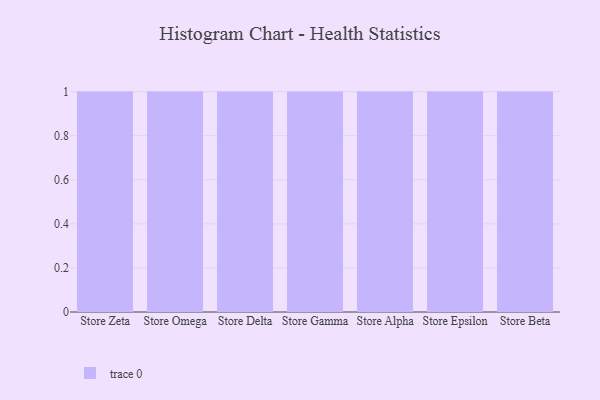
{"axis": {"x": "Store", "y": "Backlog"}, "legend": [""], "data": [{"x": "Store Zeta", "y": 81, "type": ""}, {"x": "Store Omega", "y": 52, "type": ""}, {"x": "Store Delta", "y": 29, "type": ""}, {"x": "Store Gamma", "y": 17, "type": ""}, {"x": "Store Alpha", "y": 88, "type": ""}, {"x": "Store Epsilon", "y": 55, "type": ""}, {"x": "Store Beta", "y": 33, "type": ""}]}